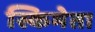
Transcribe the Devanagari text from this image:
स्किमेता